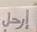
إرحل